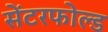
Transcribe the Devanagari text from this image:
सेंटरफोल्ड